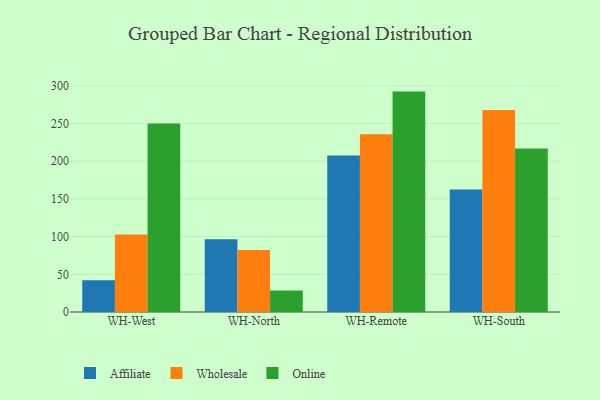
{"axis": {"x": "Warehouse", "y": "Bounce Rate (%)"}, "legend": ["Affiliate", "Online", "Wholesale"], "data": [{"x": "WH-West", "y": 42.2, "type": "Affiliate"}, {"x": "WH-West", "y": 102.8, "type": "Wholesale"}, {"x": "WH-West", "y": 250.0, "type": "Online"}, {"x": "WH-North", "y": 96.5, "type": "Affiliate"}, {"x": "WH-North", "y": 82.1, "type": "Wholesale"}, {"x": "WH-North", "y": 28.4, "type": "Online"}, {"x": "WH-Remote", "y": 207.4, "type": "Affiliate"}, {"x": "WH-Remote", "y": 235.6, "type": "Wholesale"}, {"x": "WH-Remote", "y": 292.3, "type": "Online"}, {"x": "WH-South", "y": 162.4, "type": "Affiliate"}, {"x": "WH-South", "y": 268.0, "type": "Wholesale"}, {"x": "WH-South", "y": 217.0, "type": "Online"}]}